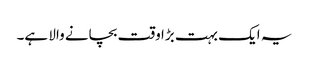
یہ ایک بہت بڑا وقت بچانے والا ہے۔